Vaccination in Burma 1912-1922 - 1912-1922
Year: 1912
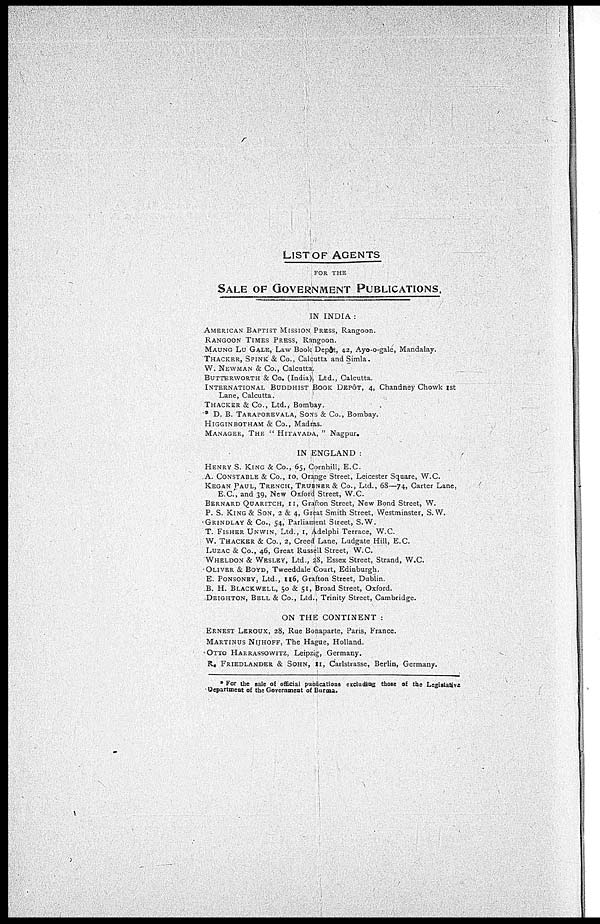
LIST OF AGENTS
FOR THE
SALE OF GOVERNMENT PUBLICATIONS.
IN INDIA :
AMERICAN BAPTIST MISSION PRESS, Rangoon.
RANGOON TIMES PRESS, Rangoon.
MAUNG LU GALE, Law Book Depôt, 42, Ayo-o-gale, Mandalay.
THACKER, SPINK & Co., Calcutta and Simla.
W. NEWMAN & Co., Calcutta.
BUTTERWORTH & Co. (India) Ltd., Calcutta.
INTERNATIONAL BUDDHIST BOOK DEPÔT, 4, Chandney Chowk 1st
Lane, Calcutta.
THACKER & Co., Ltd., Bombay.
* D. B. TARAPOREVALA, SONS & Co., Bombay.
HIGGINBOTHAM & Co., Madras.
MANAGER, THE " HITAVADA, " Nagpur.
IN ENGLAND :
HENRY S. KING & Co., 65, Cornhill, E.C.
A. CONSTABLE & Co., 10, Orange Street, Leicester Square, W.C.
KEGAN PAUL, TRENCH, TRUBNER & Co., Ltd., 68—74, Carter Lane,
E.C., and 39, New Oxford Street, W.C.
BERNARD QUARITCH, 11, Grafton Street, New Bond Street, W.
P. S. KING & SON, 2 & 4, Great Smith Street, Westminster, S. W.
GRINDLAY & Co., 54, Parliament Street, S.W.
T. FISHER UNWIN, Ltd., 1, Adelphi Terrace, W.C.
W. THACKER & Co., 2, Creed Lane, Ludgate Hill, E.C.
LUZAC & Co., 46, Great Russell Street, W.C.
WHELDON & WESLEY, Ltd., 28, Essex Street, Strand, W.C.
OLIVER & BOYD, Tweeddale Court, Edinburgh.
E. PONSONBY, Ltd., 116, Grafton Street, Dublin.
B. H. BLACKWELL, 50 & 51, Broad Street, Oxford.
DEIGHTON, BELL & Co., Ltd., Trinity Street, Cambridge.
ON THE CONTINENT :
ERNEST LEROUX, 28, Rue Bonaparte, Paris, France.
MARTINUS NIJHOFF, The Hague, Holland.
OTTO HARRASSOWITZ, Leipzig, Germany.
R. FRIEDLANDER & SOHN, 11, Carlstrasse, Berlin, Germany.
* For the sale of official publications excluding those of the Legislative
Department of the Government of Burma.